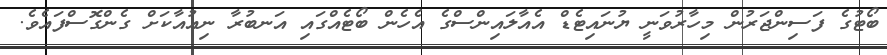
ބޯޓުގެ ފަސިންޖަރުން މިހާރުވަނީ ޔުނައިޓެޑް އެއާލައިންސްގެ އެހެން ބޯޓެއްގައި އަނބުރާ ނިއުއާކަށް ގެންގޮސްފައެވެ.